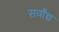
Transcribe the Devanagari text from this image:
सर्वोंच्च